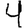
Digit: 4